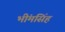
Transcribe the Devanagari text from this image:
भींमसिंह